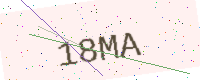
Text: 18MA